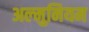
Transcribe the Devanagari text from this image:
अल्‍मुनियम